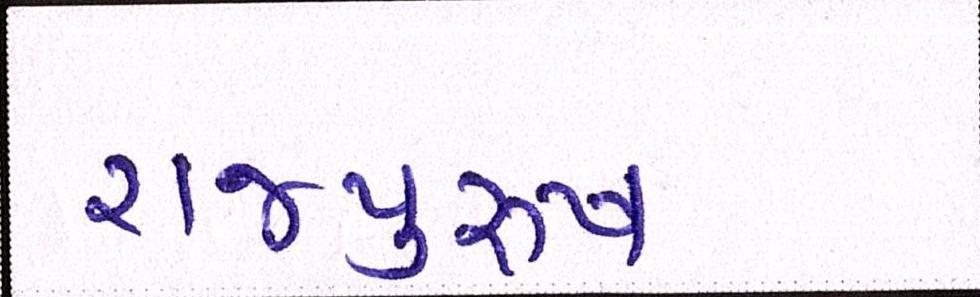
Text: રાજપુરુષ